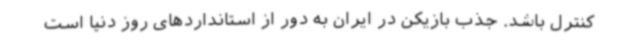
کنترل باشد. جذب بازیکن در ایران به دور از استانداردهای روز دنیا است